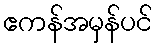
ဧကန်အမှန်ပင်